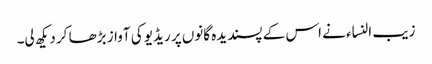
زیب النساء نے اس کے پسندیدہ گانوں پر ریڈیو کی آواز بڑھا کر دیکھ لی۔